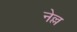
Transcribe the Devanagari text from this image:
नेल्ल